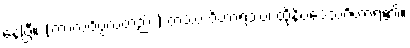
နေပြီ။ (ကာလဝိပ္ပလ်တည်း) တဿ ဝိဟာရဿ၊ ထိုနိပ္ပဒေသဝိဟာရ၏။